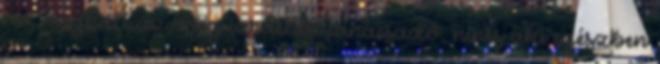
no, meghalt az öreg izraelita tanácsadó, nincs aki egészben